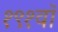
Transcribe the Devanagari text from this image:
१९१वॉ